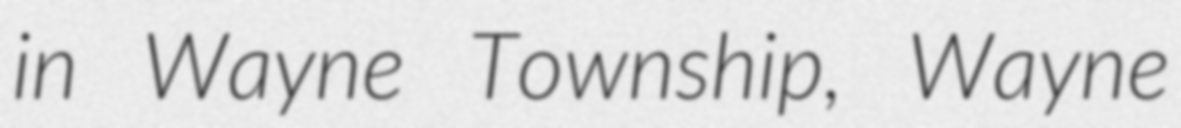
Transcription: in Wayne Township, Wayne